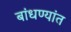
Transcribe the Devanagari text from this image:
बांधण्यांत